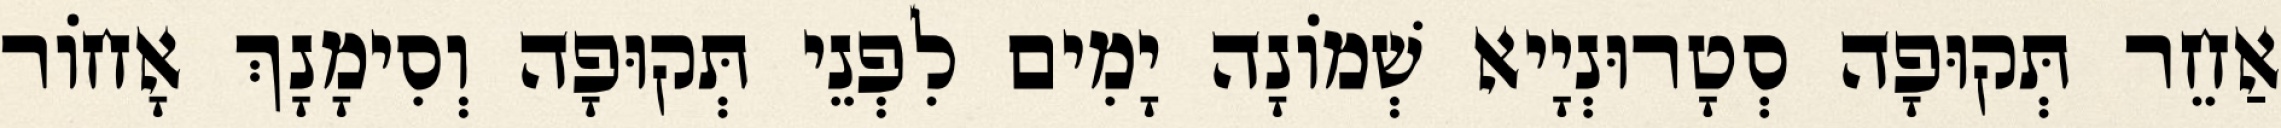
אַחֵר תְּקוּפָה סְטָרוּנְיָיא שְׁמוֹנָה יָמִים לִפְנֵי תְּקוּפָה וְסִימָנָךְ אָחוֹר